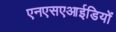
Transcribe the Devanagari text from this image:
एनएसएआईडियों